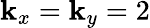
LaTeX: \mathbf{k}_{x}=\mathbf{k}_{y}=2